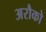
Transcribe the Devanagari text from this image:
अरौको